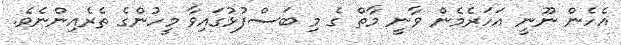
އެހެން ނޫނީ އަހަރެމެން ވާނީ މާތް ގެ މި ބަސްފުޅުގައިވާ މީހުންގެ ތެރެއިންނެވެ.